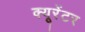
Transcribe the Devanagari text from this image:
क्यूरेंटर